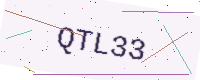
Text: QTL33